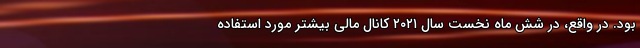
بود. در واقع، در شش ماه نخست سال ۲۰۲۱ کانال مالی بیشتر مورد استفاده